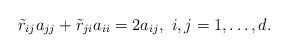
LaTeX: \begin{align*}\tilde{r}_{ij}a_{jj} + \tilde{r}_{ji}a_{ii} = 2a_{ij},\ i, j = 1, \ldots, d.\end{align*}